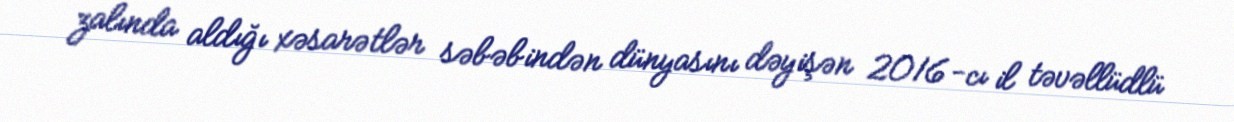
zalında aldığı xəsarətlər səbəbindən dünyasını dəyişən 2016-cı il təvəllüdlü